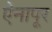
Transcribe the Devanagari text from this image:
ऐनापूर